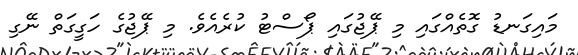
މައިގަނޑު ގޮތެއްގައި މި ޕޭޖުގައި ޕޯސްޓު ކުރެއެވެ. މި ޕޭޖުގެ ހަގީގަތް ނޭގި